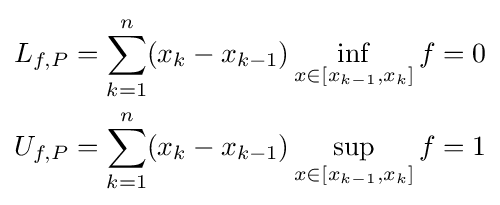
{\begin{aligned}L_{f,P}&=\sum _{k=1}^{n}(x_{k}-x_{k-1})\inf _{x\in [x_{k-1},x_{k}]}f=0\\U_{f,P}&=\sum _{k=1}^{n}(x_{k}-x_{k-1})\sup _{x\in [x_{k-1},x_{k}]}f=1\end{aligned}}